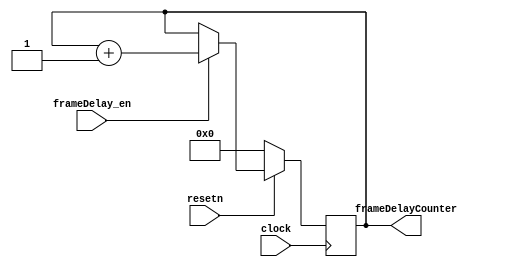
//just a counter
module frameDelay( //currently a 20bit counter (around 0.2s?)
    input wire clock,
    input resetn,
    input frameDelay_en,

    output reg [19:0] frameDelayCounter
);
  always @(posedge clock) begin
    if(!resetn)
      frameDelayCounter <= 20'd0;
    else if (frameDelay_en)
      frameDelayCounter <= frameDelayCounter + 1'b1;
  end
endmodule